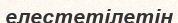
елестетілетін